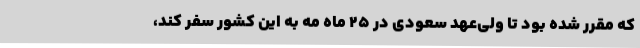
که مقرر شده بود تا ولی‌عهد سعودی در ۲۵ ماه مه به این کشور سفر کند،